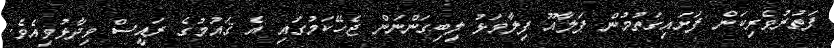
ފަތުރުވެރިކަން ފަށައިގަތުމުން ޕަލާއޫ ފިލާވަޅު ލިބިގަންނަން ޖެހޭކަމުގައި އެ ޤައުމުގެ ރައީސް ވިދާޅުވިއެވެ.